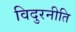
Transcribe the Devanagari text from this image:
विदुरनीति